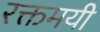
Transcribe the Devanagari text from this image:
रक्तमयी